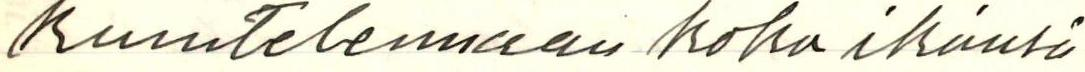
kuuntelemaan koko ikänsä